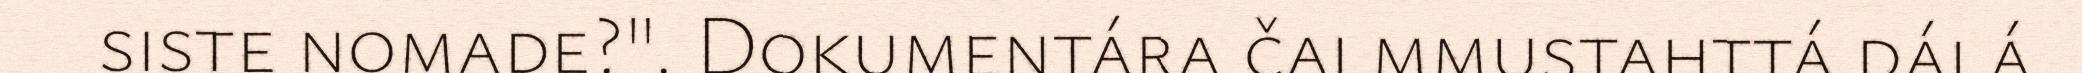
siste nomade?". Dokumentára čalmmustahttá dálá